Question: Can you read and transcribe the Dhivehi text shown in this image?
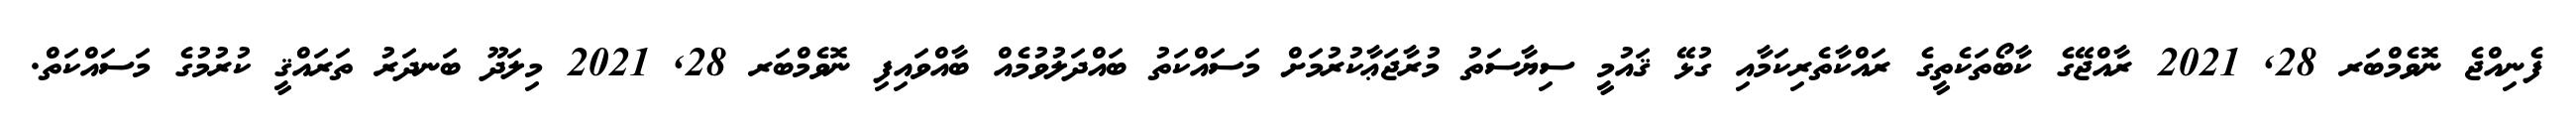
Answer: ފެނިއްޖެ ނޮވެމްބަރ 28, 2021 ރާއްޖޭގެ ކާބޯތަކެތީގެ ރައްކާތެރިކަމާއި ގުޅޭ ޤައުމީ ސިޔާސަތު މުރާޖަޢާކުރުމަށް މަސައްކަތު ބައްދަލުވުމެއް ބާއްވައިފި ނޮވެމްބަރ 28, 2021 މިލަދޫ ބަނދަރު ތަރައްޤީ ކުރުމުގެ މަސައްކަތް.